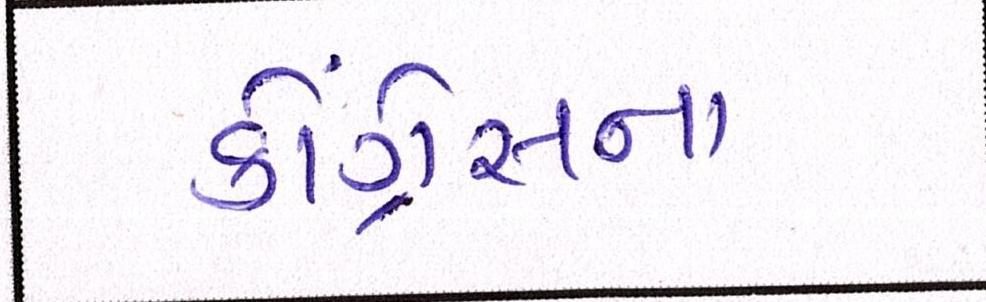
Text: કૉંગ્રેસના